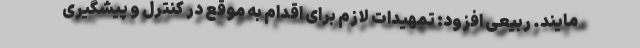
مایند. ربیعی افزود: تمهیدات لازم برای اقدام به موقع در کنترل و پیشگیری